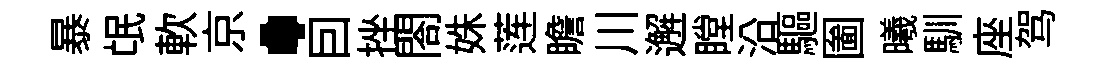
暴氓軟京·囙挫閤姝莲瞻川邂瞠沿驅圗曦馴座驾